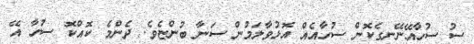
ސު ސުހާއޭނޭނގެކޮން ސުހާއެއް އޮޅުވާލަމުން ސަނާ ބުންޏެވެ. ދެންމެ ކޮއްކޮ ސުހާ އޭ